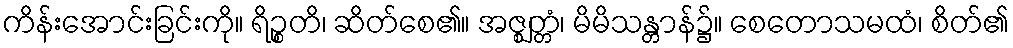
ကိန်းအောင်းခြင်းကို။ ရိဉ္စတိ၊ ဆိတ်စေ၏။ အဇ္ဈတ္တံ၊ မိမိသန္တာန်၌။ စေတောသမထံ၊ စိတ်၏